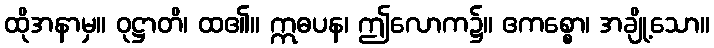
ထိုအနာမှ။ ဝုဋ္ဌာတိ၊ ထ၏။ ဣဓပန၊ ဤလောက၌။ ဧကစ္စော၊ အချို့သော။